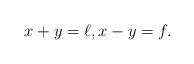
LaTeX: \begin{align*} x+y = \ell, x-y = f.\end{align*}